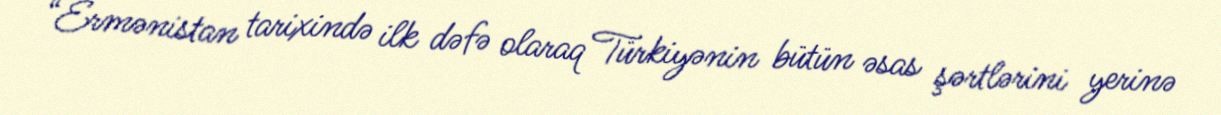
“Ermənistan tarixində ilk dəfə olaraq Türkiyənin bütün əsas şərtlərini yerinə